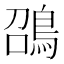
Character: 䳂